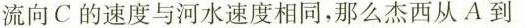
流向C的速度与河水速度相同，那么杰西从A到